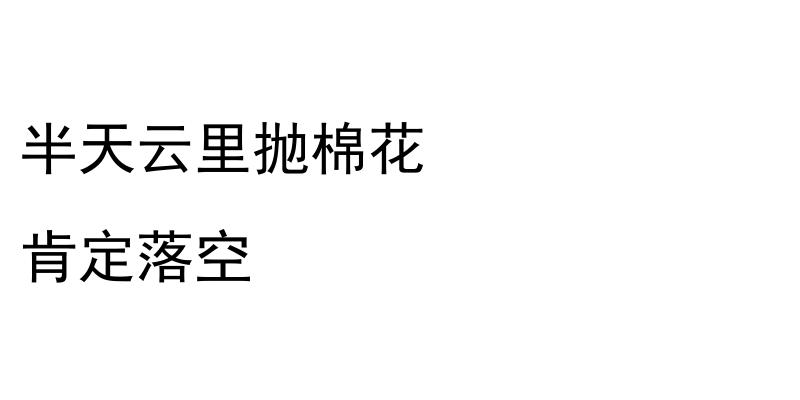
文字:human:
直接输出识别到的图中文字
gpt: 半天云里抛棉花 肯定落空